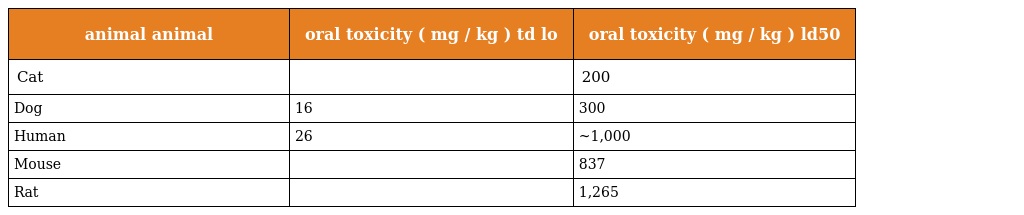
| animal animal | oral toxicity ( mg / kg ) td lo | oral toxicity ( mg / kg ) ld50 |
 | --- | --- | --- |
 | Cat |  | 200 |
 | Dog | 16 | 300 |
 | Human | 26 | ~1,000 |
 | Mouse |  | 837 |
 | Rat |  | 1,265 |